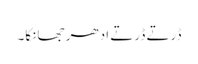
ڈرتے ڈرتے ادھر جھانکا۔